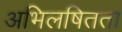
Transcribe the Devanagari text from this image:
अभिलषितता